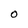
Character: O